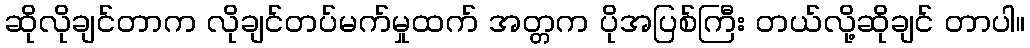
ဆိုလိုချင်တာက လိုချင်တပ်မက်မှုထက် အတ္တက ပိုအပြစ်ကြီး တယ်လို့ဆိုချင် တာပါ။